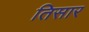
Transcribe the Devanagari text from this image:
तिसार